Problem: 3 × 7 = ?
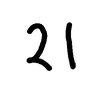
Handwritten answer: 21